Scientific memoirs by medical officers of the Army of India - Part III,
Year: 1887
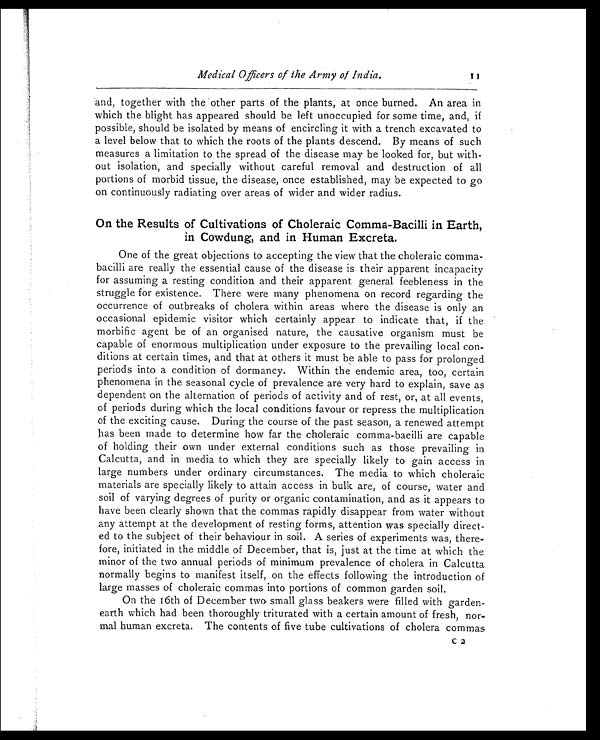
Medical Officers of the Army of India.
11
and, together with the other parts of the plants, at once burned. An area in
which the blight has appeared should be left unoccupied for some time, and, if
possible, should be isolated by means of encircling it with a trench excavated to
a level below that to which the roots of the plants descend. By means of such
measures a limitation to the spread of the disease may be looked for, but with-
out isolation, and specially without careful removal and destruction of all
portions of morbid tissue, the disease, once established, may be expected to go
on continuously radiating over areas of wider and wider radius.
On the Results of Cultivations of Choleraic Comma-Bacilli in Earth,
in Cowdung, and in Human Excreta.
One of the great objections to accepting the view that the choleraic comma-
bacilli are really the essential cause of the disease is their apparent incapacity
for assuming a resting condition and their apparent general feebleness in the
struggle for existence. There were many phenomena on record regarding the
occurrence of outbreaks of cholera within areas where the disease is only an
occasional epidemic visitor which certainly appear to indicate that, if the
morbific agent be of an organised nature, the causative organism must be
capable of enormous multiplication under exposure to the prevailing local con-
ditions at certain times, and that at others it must be able to pass for prolonged
periods into a condition of dormancy. Within the endemic area, too, certain
phenomena in the seasonal cycle of prevalence are very hard to explain, save as
dependent on the alternation of periods of activity and of rest, or, at all events,
of periods during which the local conditions favour or repress the multiplication
of the exciting cause. During the course of the past season, a renewed attempt
has been made to determine how far the choleraic comma-bacilli are capable
of holding their own under external conditions such as those prevailing in
Calcutta, and in media to which they are specially likely to gain access in
large numbers under ordinary circumstances. The media to which choleraic
materials are specially likely to attain access in bulk are, of course, water and
soil of varying degrees of purity or organic contamination, and as it appears to
have been clearly shown that the commas rapidly disappear from water without
any attempt at the development of resting forms, attention was specially direct-
ed to the subject of their behaviour in soil. A series of experiments was, there-
fore, initiated in the middle of December, that is, just at the time at which the
minor of the two annual periods of minimum prevalence of cholera in Calcutta
normally begins to manifest itself, on the effects following the introduction of
large masses of choleraic commas into portions of common garden soil.
On the 16th of December two small glass beakers were filled with garden-
earth which had been thoroughly triturated with a certain amount of fresh, nor-
mal human excreta. The contents of five tube cultivations of cholera commas